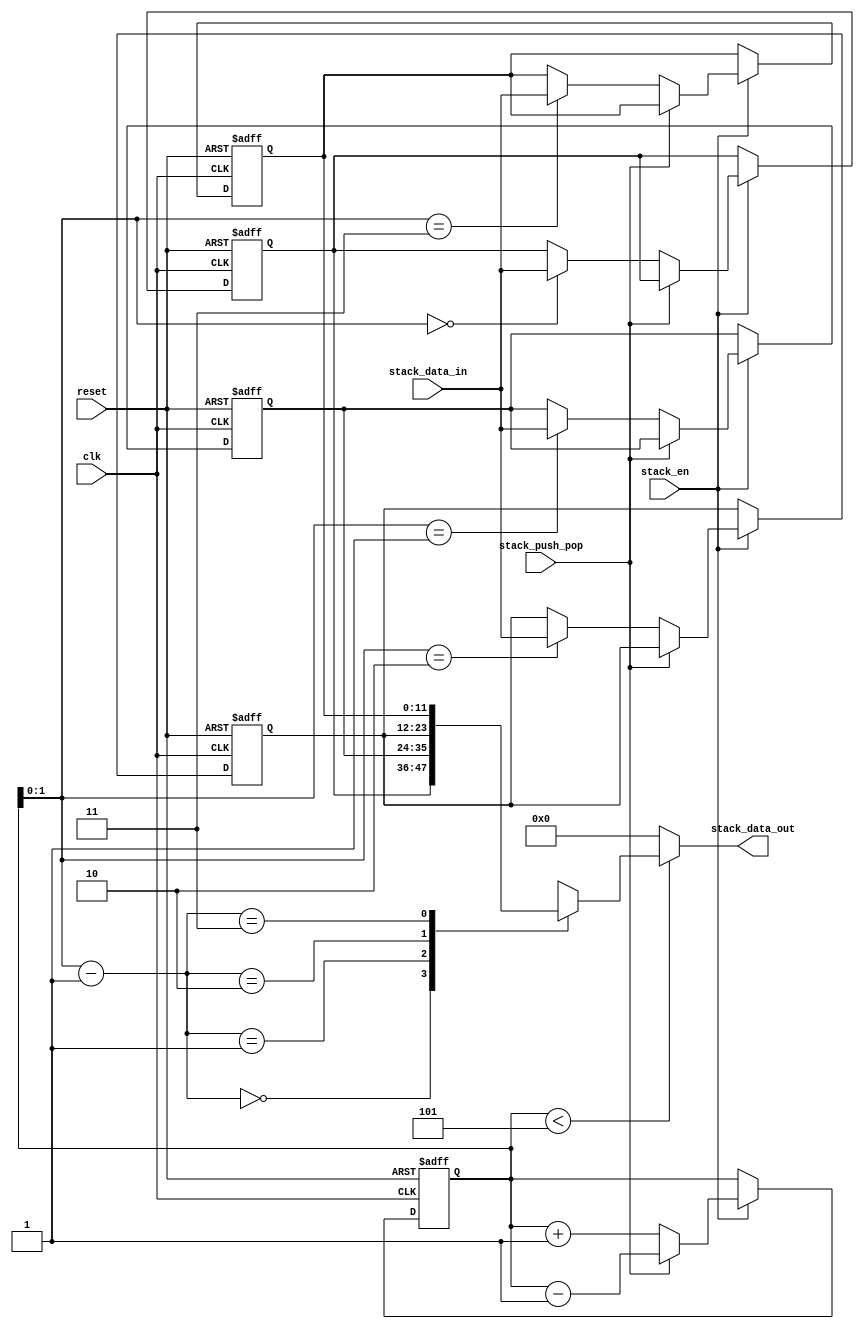
`timescale 1ps/1ps
module stack(clk, 
             reset, 
             stack_push_pop, 
             stack_data_in, 
             stack_data_out, 
             stack_en);

parameter d_width  = 12; //data width
parameter s_width  = 4; //stack width
parameter sp_width = 3;//stack pointer width

input                 clk;
input                 reset;
input                 stack_push_pop; //push==1, pop==0
input                 stack_en;// enable==1, disable == 0

input  [d_width-1:0]  stack_data_in;

output [d_width-1:0]  stack_data_out;

reg    [sp_width-1:0] stack_pointer;
reg    [d_width-1:0]  stack_memory  [s_width-1:0];
reg   [d_width-1:0]  stack_data_out;

always@(stack_data_out or stack_pointer)
begin
  if(stack_pointer < 3'b101)
  begin
    stack_data_out = stack_memory[stack_pointer-1]; // 
  end
  
  else
		stack_data_out = 0;
end

always@(posedge clk or negedge reset) 
begin 
      if(reset!=1)
      begin
        stack_pointer   <= 2'b00;
        stack_memory[0] <= 4'b0000;
        stack_memory[1] <= 4'b0000;
        stack_memory[2] <= 4'b0000;
        stack_memory[3] <= 4'b0000;
      end
      
      else if(stack_en == 1'b1)
      begin
        if(stack_push_pop == 0)//PUSH
        begin
          stack_memory[stack_pointer] <= stack_data_in; 
          stack_pointer <= stack_pointer + 2'b01;      
        end
            
        else if(stack_push_pop == 1)//POP
        begin
          stack_pointer <= stack_pointer - 2'b01;
        end
        
      end 
end

endmodule